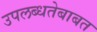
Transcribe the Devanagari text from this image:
उपलब्धतेबाबत